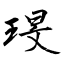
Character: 琝